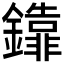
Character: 𨯕